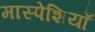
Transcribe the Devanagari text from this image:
मास्पेशियाँ